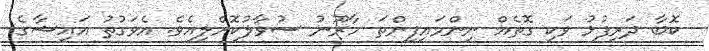
ކޮބާ ދަރިފުޅު ވަކި ގޮތެއް ނިންމައިފިންތަ ހާރޫނު ސުވާލުކޮށްލިއެވެ. އެވަގުތު އައިޝާގެ